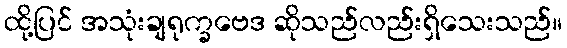
ထို့ပြင် အသုံးချရုက္ခဗေဒ ဆိုသည်လည်းရှိသေးသည်။